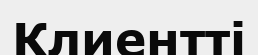
Клиентті